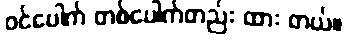
ဝင်ပေါက် တစ်ပေါက်တည်း ထား တယ်။